Civil Veterinary Dept. Bombay admin report 1932-41 - 1932-1941
Year: 1932
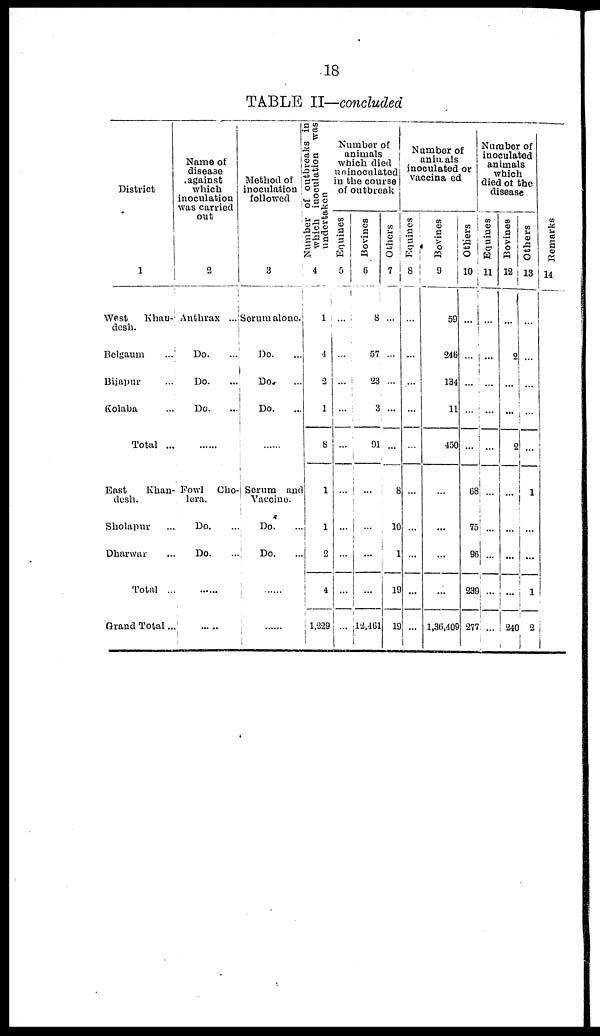
18
TABLE II—concluded
District
1
West
Khan-
desh.
Belgaum ...
Bijapur ...
Kolaba ...
Total ...
East
Khan-
desh.
Sholapur ...
Dharwar ...
Total ...
Grand Total ...
Name of
disease
against
which
inoculation
was carried
out
2
Anthrax ...
Do. ...
Do. ...
Do. ...
......
Fowl Cho-
lera.
Do. ...
Do. ...
......
......
Method of
inoculation
followed
3
Serum alone.
Do. ...
Do. ...
Do. ...
......
Serum and
Vaccine.
Do. ...
Do. ...
......
......
Number of outbreaks in
which inoculation was
undertaken
4
1
4
2
1
8
1
1
2
4
1,229
Number of
animals
which died
uninoculated
in the course
of outbreak
Equines
5
...
...
...
...
...
...
...
...
...
...
Bovines
6
8
57
23
3
91
...
...
...
...
12,461
Others
7
...
...
...
...
...
8
10
1
19
19
Number of
animals
inoculated or
vaccinaed
Equines
8
...
...
...
...
...
...
...
...
...
...
Bovines
9
59
246
134
11
450
...
...
...
...
1,36,409
Others
10
...
...
...
...
...
68
75
96
239
277
Number of
inoculated
animals
which
died of the
disease
Equines
11
...
...
...
...
...
...
...
...
...
...
Bovines
12
...
2
...
...
2
...
...
...
...
240
Others
13
...
...
...
...
...
...
...
...
1
2
Re ma r
ks
14